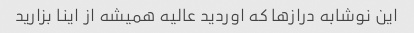
این نوشابه دراز‌ها که اوردید عالیه همیشه از اینا بزارید